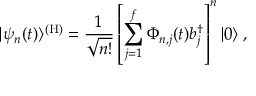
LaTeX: | \psi _ { n } ( t ) \rangle \sp { ( \mathrm { H } ) } = { \frac { 1 } { \sqrt { n ! } } } \left[ \sum _ { j = 1 } \sp f \Phi _ { n , j } ( t ) b _ { j } \sp { \dagger } \right] \sp n | 0 \rangle \; ,